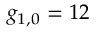
g _ { 1 , 0 } = 1 2